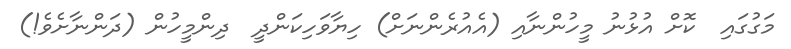
މަގުގައި  ކޮށް އުޅުނު މީހުންނާއި (އެއުރެންނަށް) ހިޔާވަހިކަންދީ  ދިންމީހުން (ދަންނާށެވެ!)